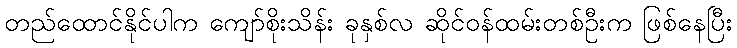
တည်ထောင်နိုင်ပါက ကျော်စိုးသိန်း ခုနှစ်လ ဆိုင်ဝန်ထမ်းတစ်ဦးက ဖြစ်နေပြီး